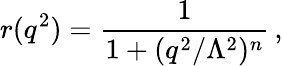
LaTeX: r(q^{2})=\frac{1}{1+(q^{2}/\Lambda^{2})^{n}}\, ,